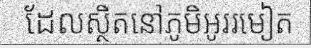
ដែលស្ថិតនៅភូមិអូររមៀត